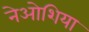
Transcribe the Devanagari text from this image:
नेओशिया